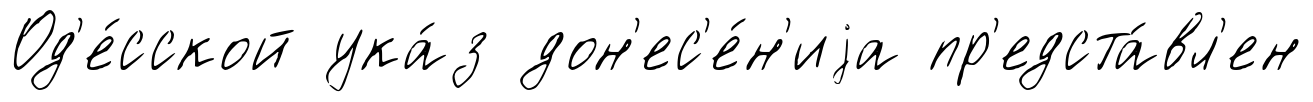
Од'е́сской ука́з дон'ес'е́н'иjа пр'едста́вл'ен